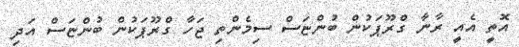
އޮތީ އެއީ ރާނާ ގްރޫޕަކުން ބުންޏަސް ސިމެންތި ޖަހާ ގްރޫޕަކުން ބުންޏަސް އަދި